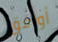
أوافق